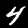
Label: 4